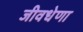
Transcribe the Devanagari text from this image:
जीवधेणा